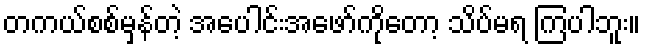
တကယ်စစ်မှန်တဲ့ အပေါင်းအဖော်ကိုတော့ သိပ်မရ ကြပါဘူး။